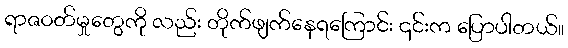
ရာဇဝတ်မှုတွေကို လည်း တိုက်ဖျက်နေရကြောင်း ၎င်းက ပြောပါတယ်။